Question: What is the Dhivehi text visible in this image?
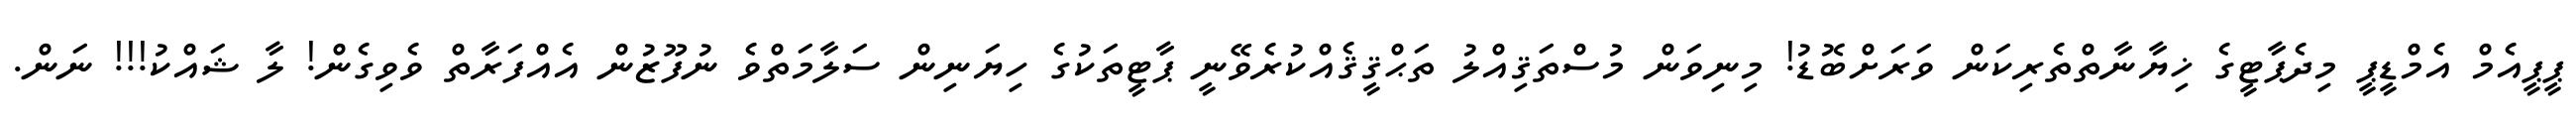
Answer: ޕީޕީއެމް އެމްޑީޕީ މިދެޕާޓީގެ ޚިޔާނާތްތެރިކަން ވަރަށްބޮޑު! މިނިވަން މުސްތަޤިއްލު ތަޙްޤީޤެއްކުރެވޭނީ ޕާޓީތަކުގެ ހިޔަނިން ސަލާމަތްވެ ނުފޫޒުން އެއްފަރާތް ވެވިގެން! ލާ ޝައްކު!!! ނަން.